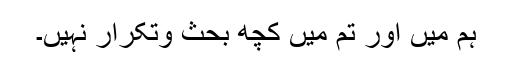
ہم میں اور تم میں کچھ بحث وتکرار نہیں۔